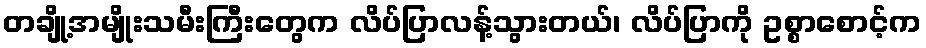
တချို့အမျိုးသမီးကြီးတွေက လိပ်ပြာလန့်သွားတယ်၊ လိပ်ပြာကို ဥစ္စာစောင့်က